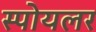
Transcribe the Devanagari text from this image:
स्पोयलर